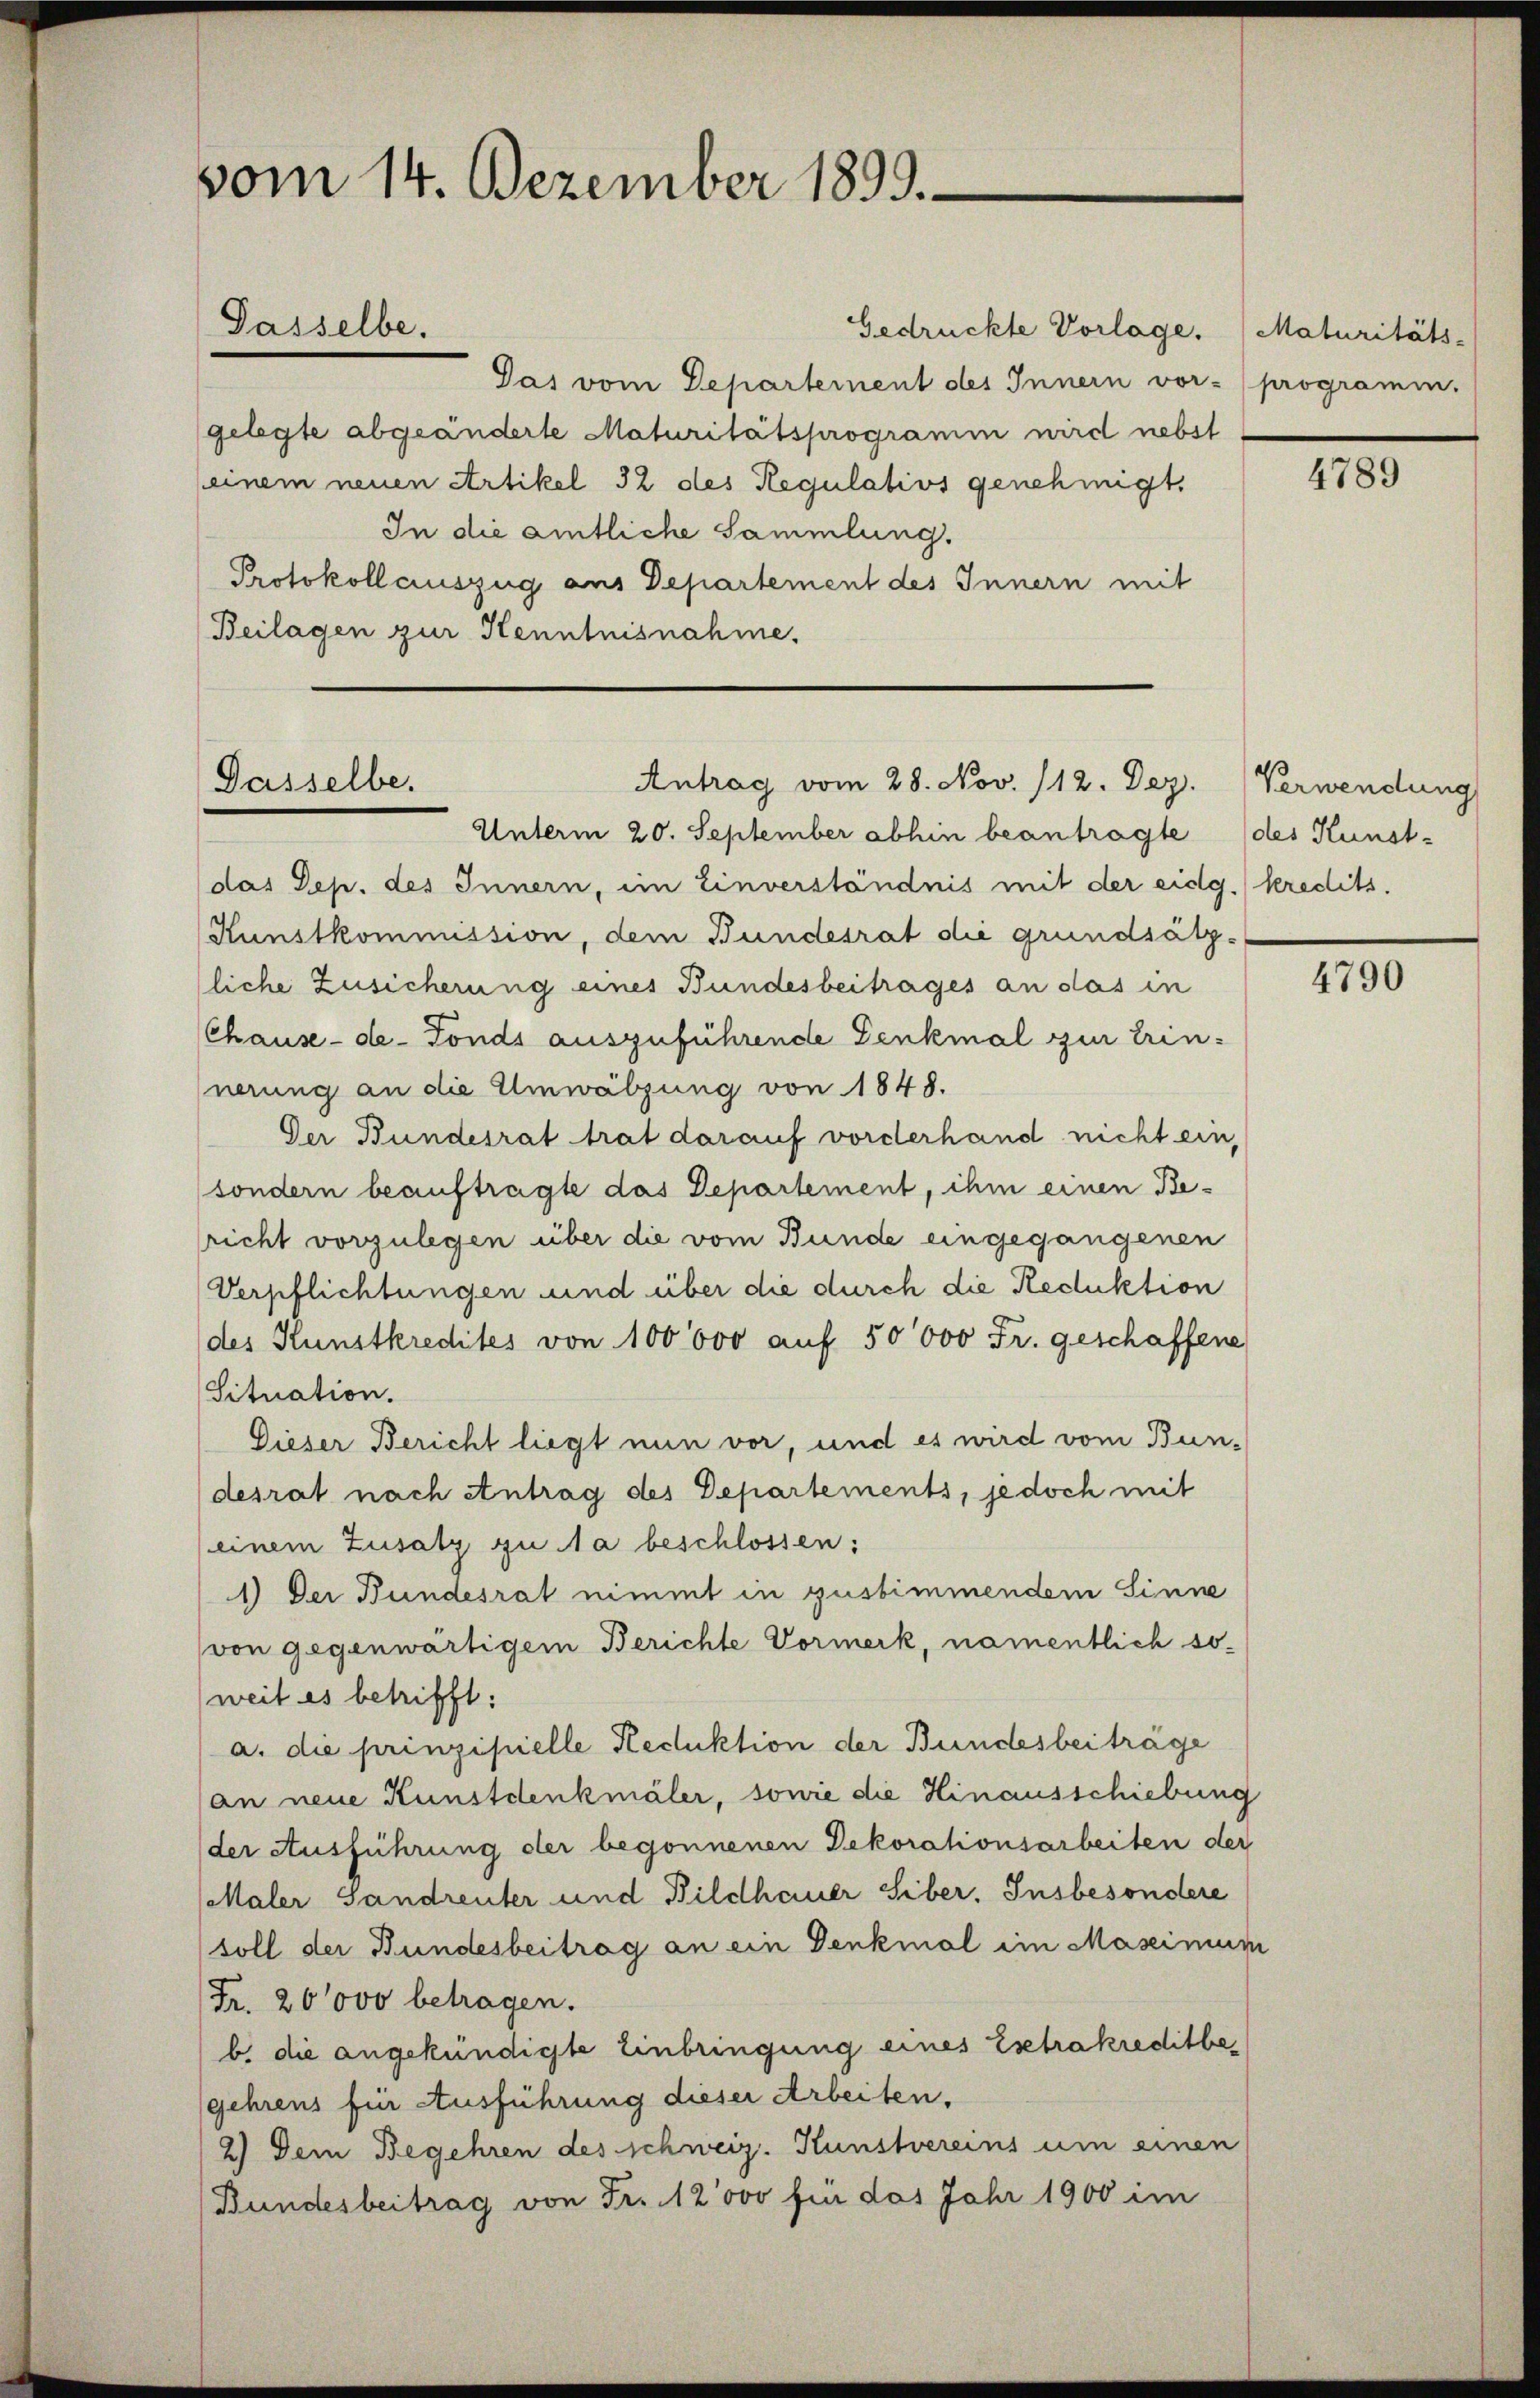
vom 14. Dezember 1899.

Pas vom Departement des Innern vor-
gelegte abgeänderte Maturitätsprogramm wird nebst
einem neuen Artikel 32 des Regulativs genehmigt.
In die amtliche Sammlung.
Protokollauszug aus Departement des Innern mit
Beilagen zur Kenntnisnahme.

Passelbe.

Dasselbe.

Gedrückte Vorlage.

Unterm 20. September abhin beantragte
das Dep. des Innern, im Einverständnis mit der eidg. Kredits.
Kunstkommission, dem Bundesrat die grundsätz-
liche Zusicherung eines Bundesbeitrages an das in
(Chause-de-Fonds auszuführende Denkmal zur Erin-
nerung an die Umwälzung von 1848.
Der Bundesrat trat darauf vorderhand nicht ein,
sondern beauftragte das Departement, ihm einen Be-
richt vorzulegen über die vom Bunde eingegangenen
Verpflichtungen und über die durch die Reduktion
(des Kunstkredites von 100000 auf 50000 Fr. geschaffene
Situation.
Dieser Bericht liegt nun vor, und es wird vom Bun-
desrat nach Antrag des Departements, jedoch mit
(einem Zusatz zu la beschlossen:
1) Der Bundesrat nimmt in gustimmendem Sinne
von gegenwärtigem Berichte Vormerk, namentlich soweit es betrifft:
a. die prinzipielle Reduktion der Bundesbeiträge
an neue Kunstdenkmäler, sowie die Hinausschiebung
(der Ausführung der begonnenen Dekorationsarbeiten der
Maler Sandreuter und Bildhauer Siber. Insbesondere
soll der Bundesbeitrag an ein Denkmal im Maseimum
Fr. 20000 betragen.
b. die angekündigte Einbringung eines Eschrakreditbegehrens für Ausführung dieser Arbeiten.
2) Dem Begehren des schweiz. Kunstvereins um einen
Bundesbeitrag von Fr. 12000 für das Jahr 1900 im

Antrag vom 28. Nov. /12. Dez. Verwendung

Maturitäts-
programm.

4789

des Kunst-

4790